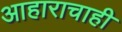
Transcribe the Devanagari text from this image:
आहाराचाही